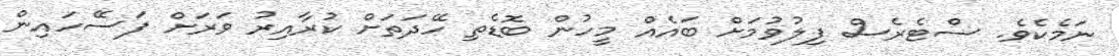
ނަމެކެވެ. ސްޓެރެސް ފިލުވުމަށް ބައެއް މީހުން ބޮޑެތި ހޭދަތަށް ކުރާއިރު ވަރަށް ފަސޭހައިން